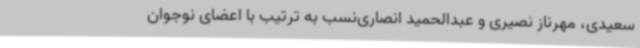
سعیدی، مهرناز نصیری و عبدالحمید انصاری‌نسب به ترتیب با اعضای نوجوان